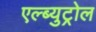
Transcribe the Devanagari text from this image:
एल्ब्युट्रोल